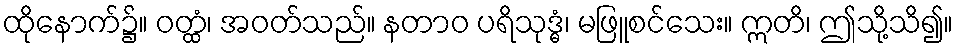
ထိုနောက်၌။ ဝတ္ထံ၊ အဝတ်သည်။ နတာဝ ပရိသုဒ္ဓံ၊ မဖြူစင်သေး။ ဣတိ၊ ဤသို့သိ၍။